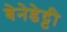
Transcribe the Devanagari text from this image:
बेनेडेट्टी